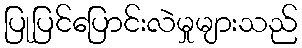
ပြုပြင်ပြောင်းလဲမှုများသည်